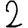
Digit: 2